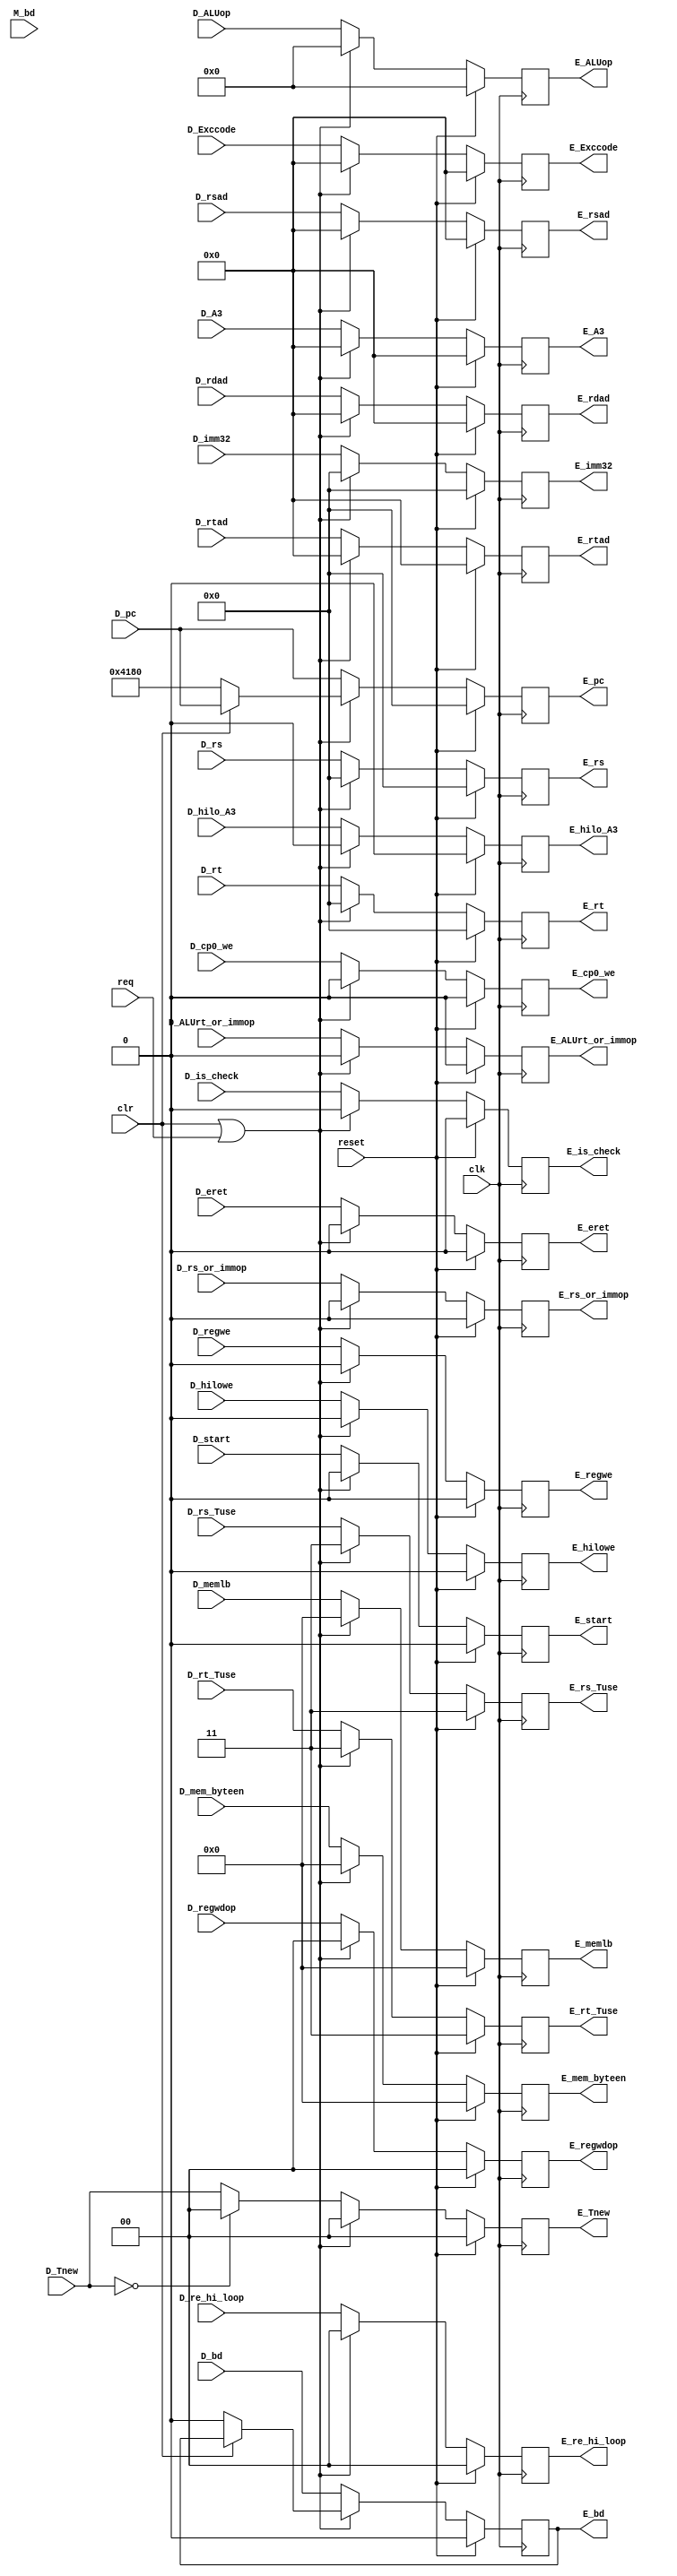
module E_reg (
    input [5:0] D_ALUop,
    output [5:0] E_ALUop,
    input [31:0]  D_imm32,
    output [31:0] E_imm32,
    input D_regwe,
    output E_regwe,
	 input M_bd,
    input [3:0] D_memlb,
    output [3:0] E_memlb,
    input [3:0] D_mem_byteen,
    output [3:0] E_mem_byteen,
    input [4:0] D_A3,
    output [4:0]  E_A3,
    input [1:0] D_regwdop,
    output [1:0] E_regwdop,
    input D_ALUrt_or_immop,
    output E_ALUrt_or_immop,
    input [31:0] D_rt,
    output [31:0] E_rt,
    input [31:0] D_rs,
    output [31:0] E_rs,
    input [31:0] D_pc,
    output [31:0] E_pc,
    input [1:0] D_rs_Tuse,
    output [1:0] E_rs_Tuse,
    input [1:0] D_rt_Tuse, 
    output [1:0] E_rt_Tuse,
    input [1:0] D_Tnew,
    output [1:0] E_Tnew,
    input [4:0] D_rsad,
    output [4:0] E_rsad,
    input [4:0] D_rtad,
    output [4:0] E_rtad,
    input [4:0] D_rdad,
    output [4:0] E_rdad,
    input D_rs_or_immop,
    output E_rs_or_immop, 
    input D_start,
    output E_start,
    input D_hilowe,
    output E_hilowe,
    input D_hilo_A3,
    output E_hilo_A3,
    input[1:0] D_re_hi_loop,
    output [1:0] E_re_hi_loop,
    input D_cp0_we,
    output E_cp0_we,
    input D_bd,
    output E_bd,
    input D_eret,
    output E_eret,
    input [4:0] D_Exccode,
    output [4:0] E_Exccode,
    input D_is_check,
    output E_is_check,   
    input clk,
    input clr,
    input req,
	input reset
);
    reg reg_E_start ;
    reg reg_E_hilowe ;
    reg reg_E_hilo_A3 ;
    reg [1:0] reg_E_re_hi_loop ;
    reg [4:0] reg_E_rdad ;
    reg reg_E_cp0_we ;
    reg reg_E_bd ;
    reg reg_E_eret ;
    reg [4:0] reg_E_Exccode ;
    reg reg_E_is_check ;

    reg [5:0] reg_E_ALUop ;
    reg reg_E_ALUrt_or_immop ;
    reg [4:0] reg_E_A3 ;
    reg [31:0] reg_E_imm32 ;
    reg reg_E_regwe ;
    reg [3:0] reg_E_memlb ;
    reg [3:0] reg_E_mem_byteen ;
    reg [1:0] reg_E_regwdop ;
    reg [31:0] reg_E_rt ;
    reg [31:0] reg_E_rs ;
    reg [31:0] reg_E_pc ;
    reg [1:0] reg_E_rs_Tuse ;
    reg [1:0] reg_E_rt_Tuse ;
    reg [1:0] reg_E_Tnew ;
    reg [4:0] reg_E_rsad ;
    reg [4:0] reg_E_rtad ;
    reg reg_E_rs_or_immop ;
    always @(posedge clk) begin
		  if (reset == 1) begin
            reg_E_is_check <= 0 ;
            reg_E_Exccode <= 0 ;
            reg_E_hilowe <= 0 ;
            reg_E_hilo_A3 <= 0 ;
            reg_E_re_hi_loop <= 0 ;
            reg_E_start <= 0 ;
            reg_E_memlb <= 0 ;
            reg_E_rs_or_immop <= 0 ;    
			reg_E_ALUop <= 0 ;
            reg_E_ALUrt_or_immop <= 0 ;
            reg_E_A3 <= 0 ;
            reg_E_imm32 <= 0 ;
            reg_E_regwe <= 0 ;
            reg_E_mem_byteen <= 0 ;
            reg_E_regwdop <= 0 ;
            reg_E_rt <= 0 ;
            reg_E_rs <= 0 ;
            reg_E_rs_Tuse <= 3 ;
            reg_E_rt_Tuse <= 3 ;
            reg_E_Tnew <= 0 ;
            reg_E_rsad <= 0 ;
            reg_E_rtad <= 0 ;
            reg_E_pc <= 0 ;
            reg_E_cp0_we <= 0 ;
            reg_E_eret <= 0 ;
            reg_E_bd <= 0 ;
            reg_E_rdad <= 0 ;

		  end
        else if (clr||req) begin
             reg_E_is_check <= 0 ;
            reg_E_Exccode <= 0 ;
            reg_E_hilowe <= 0 ;
            reg_E_hilo_A3 <= 0 ;
            reg_E_re_hi_loop <= 0 ;
            reg_E_start <= 0 ;
            reg_E_memlb <= 0 ;
            reg_E_rs_or_immop <= 0 ;
            reg_E_ALUop <= 0 ;
            reg_E_ALUrt_or_immop <= 0 ;
            reg_E_A3 <= 0 ;
            reg_E_imm32 <= 0 ;
            reg_E_regwe <= 0 ;
            reg_E_mem_byteen <= 0 ;
            reg_E_regwdop <= 0 ;
            reg_E_rt <= 0 ;
            reg_E_rs <= 0 ;
            reg_E_rs_Tuse <= 3 ;
            reg_E_rt_Tuse <= 3 ;
            reg_E_Tnew <= 0 ;
            reg_E_rsad <= 0 ;
            reg_E_rtad <= 0 ;
            reg_E_pc <= (clr)? D_pc : 32'h4180 ;
            reg_E_cp0_we <= 0 ;
            reg_E_eret <= 0 ;
            reg_E_bd <= (clr)? reg_E_bd : 0 ;
            reg_E_rdad <= 0 ;
        end
        else begin
             reg_E_is_check <= D_is_check ;
            reg_E_Exccode <= D_Exccode ;
            reg_E_hilowe <= D_hilowe ;
            reg_E_hilo_A3 <= D_hilo_A3 ;
            reg_E_re_hi_loop <= D_re_hi_loop;
            reg_E_start <= D_start ;
            reg_E_memlb <= D_memlb ;
            reg_E_rs_or_immop <= D_rs_or_immop ;
            reg_E_ALUop <= D_ALUop ;
            reg_E_ALUrt_or_immop <= D_ALUrt_or_immop ;
            reg_E_A3 <= D_A3 ;
            reg_E_imm32 <= D_imm32 ;
            reg_E_regwe <= D_regwe ;
            reg_E_mem_byteen <= D_mem_byteen ;
            reg_E_regwdop <= D_regwdop ;
            reg_E_rt <= D_rt ;
            reg_E_rs <= D_rs ;
            reg_E_pc <= D_pc ;
            reg_E_rs_Tuse <= D_rs_Tuse ;
            reg_E_rt_Tuse <= D_rt_Tuse ;
            if (D_Tnew == 0) reg_E_Tnew <= 0 ;
            else reg_E_Tnew <= D_Tnew ;
             reg_E_rsad <= D_rsad ;
            reg_E_rtad <= D_rtad ;
            reg_E_cp0_we <= D_cp0_we ;
            reg_E_eret <= D_eret ;
            reg_E_bd <= D_bd ;
            reg_E_rdad <= D_rdad ;

        end
    end
    assign E_is_check =  reg_E_is_check ;
    assign E_memlb = reg_E_memlb ;
    assign E_ALUop = reg_E_ALUop ;
    assign E_ALUrt_or_immop = reg_E_ALUrt_or_immop ;
    assign E_A3 = reg_E_A3 ;
    assign E_imm32 = reg_E_imm32 ;
    assign E_regwe = reg_E_regwe ;
    assign E_mem_byteen = reg_E_mem_byteen ;
    assign E_regwdop = reg_E_regwdop ;
    assign E_rt = reg_E_rt ;
    assign E_rs = reg_E_rs ;
    assign E_pc = reg_E_pc ;
    assign E_rs_Tuse = reg_E_rs_Tuse ;
    assign E_rt_Tuse = reg_E_rt_Tuse ;
    assign E_Tnew = reg_E_Tnew ;
    assign E_rsad = reg_E_rsad ;
    assign E_rtad = reg_E_rtad ;
    assign E_rs_or_immop = reg_E_rs_or_immop ;
    assign E_hilo_A3 = reg_E_hilo_A3 ;
    assign E_hilowe = reg_E_hilowe ;
    assign E_start = reg_E_start ;
    assign E_re_hi_loop = reg_E_re_hi_loop ;
    assign E_cp0_we = reg_E_cp0_we ;
    assign E_eret = reg_E_eret ;
    assign E_bd = reg_E_bd ;
    assign E_rdad = reg_E_rdad ;
    assign E_Exccode = reg_E_Exccode ;
endmodule